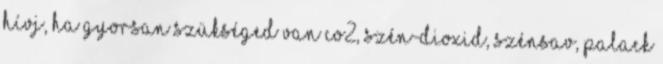
Hívj, ha gyorsan szükséged van CO2, szén-dioxid, szénsav, palack